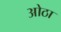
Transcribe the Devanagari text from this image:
ओठा